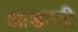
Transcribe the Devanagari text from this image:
आडाणी